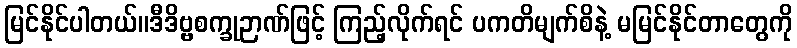
မြင်နိုင်ပါတယ်။ဒီဒိဗ္ဗစက္ခုဉာဏ်ဖြင့် ကြည့်လိုက်ရင် ပကတိမျက်စိနဲ့ မမြင်နိုင်တာတွေကို